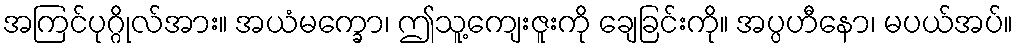
အကြင်ပုဂ္ဂိုလ်အား။ အယံမက္ခော၊ ဤသူ့ကျေးဇူးကို ချေခြင်းကို။ အပ္ပဟီနော၊ မပယ်အပ်။